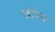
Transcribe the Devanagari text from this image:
छोंडा